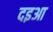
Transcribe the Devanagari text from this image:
दइआ